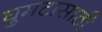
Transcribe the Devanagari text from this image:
घुमटासाठी